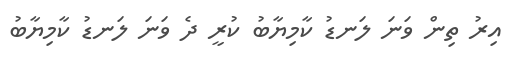
އިރު ތިން ވަނަ ލަނޑު ކާމިޔާބު ކުރީ ދެ ވަނަ ލަނޑު ކާމިޔާބު